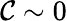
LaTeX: \mathcal{C}\sim0